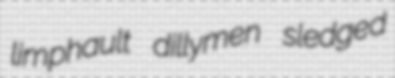
limphault dillymen sledged